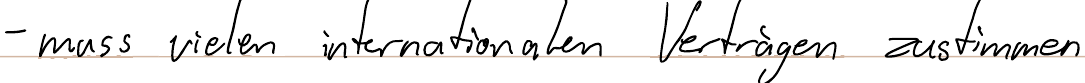
- muss vielen internationalen Verträgen zustimmen